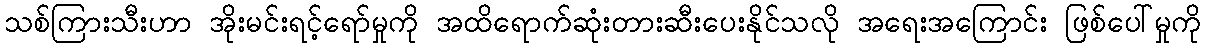
သစ်ကြားသီးဟာ အိုးမင်းရင့်ရော်မှုကို အထိရောက်ဆုံးတားဆီးပေးနိုင်သလို အရေးအကြောင်း ဖြစ်ပေါ်မှုကို